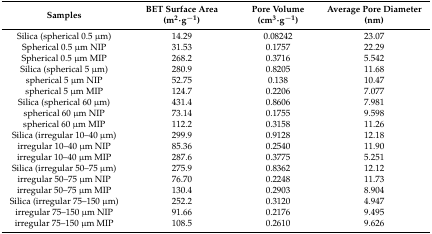
<table><thead><tr><td><b>Samples</b></td><td><b>BET Surface Area (m<sup>2</sup>·g<sup>−1</sup>)</b></td><td><b>Pore Volume (cm<sup>3</sup>·g<sup>−1</sup>)</b></td><td><b>Average Pore Diameter (nm)</b></td></tr></thead><tbody><tr><td>Silica (spherical 0.5 μm)</td><td>14.29</td><td>0.08242</td><td>23.07</td></tr><tr><td>Spherical 0.5 μm NIP</td><td>31.53</td><td>0.1757</td><td>22.29</td></tr><tr><td>Spherical 0.5 μm MIP</td><td>268.2</td><td>0.3716</td><td>5.542</td></tr><tr><td>Silica (spherical 5 μm)</td><td>280.9</td><td>0.8205</td><td>11.68</td></tr><tr><td>spherical 5 μm NIP</td><td>52.75</td><td>0.138</td><td>10.47</td></tr><tr><td>spherical 5 μm MIP</td><td>124.7</td><td>0.2206</td><td>7.077</td></tr><tr><td>Silica (spherical 60 μm)</td><td>431.4</td><td>0.8606</td><td>7.981</td></tr><tr><td>spherical 60 μm NIP</td><td>73.14</td><td>0.1755</td><td>9.598</td></tr><tr><td>spherical 60 μm MIP</td><td>112.2</td><td>0.3158</td><td>11.26</td></tr><tr><td>Silica (irregular 10–40 μm)</td><td>299.9</td><td>0.9128</td><td>12.18</td></tr><tr><td>irregular 10–40 μm NIP</td><td>85.36</td><td>0.2540</td><td>11.90</td></tr><tr><td>irregular 10–40 μm MIP</td><td>287.6</td><td>0.3775</td><td>5.251</td></tr><tr><td>Silica (irregular 50–75 μm)</td><td>275.9</td><td>0.8362</td><td>12.12</td></tr><tr><td>irregular 50–75 μm NIP</td><td>76.70</td><td>0.2248</td><td>11.73</td></tr><tr><td>irregular 50–75 μm MIP</td><td>130.4</td><td>0.2903</td><td>8.904</td></tr><tr><td>Silica (irregular 75–150 μm)</td><td>252.2</td><td>0.3120</td><td>4.947</td></tr><tr><td>irregular 75–150 μm NIP</td><td>91.66</td><td>0.2176</td><td>9.495</td></tr><tr><td>irregular 75–150 μm MIP</td><td>108.5</td><td>0.2610</td><td>9.626</td></tr></tbody></table>